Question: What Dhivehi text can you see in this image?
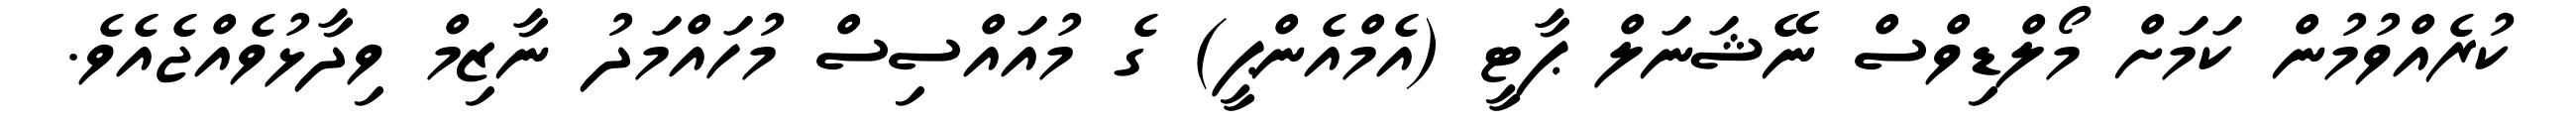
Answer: ކުރެއްވުމުން ކަމަށް މޯލްޑިވްސް ނޭޝަނަލް ޕާޓީ (އެމްއެންޕީ) ގެ މުއައްސިސް މުހައްމަދު ނާޒިމް ވިދާޅުވެއްޖެއެވެ.